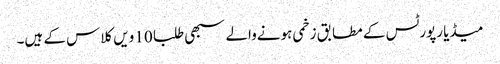
میڈیا رپورٹس کے مطابق زخمی ہونےوالے سبھی طلبا 10 ویں کلاس کے ہیں۔